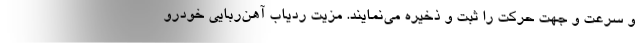
و سرعت و جهت حرکت را ثبت و ذخیره می‌نمایند. مزیت ردیاب آهن‌ربایی خودرو